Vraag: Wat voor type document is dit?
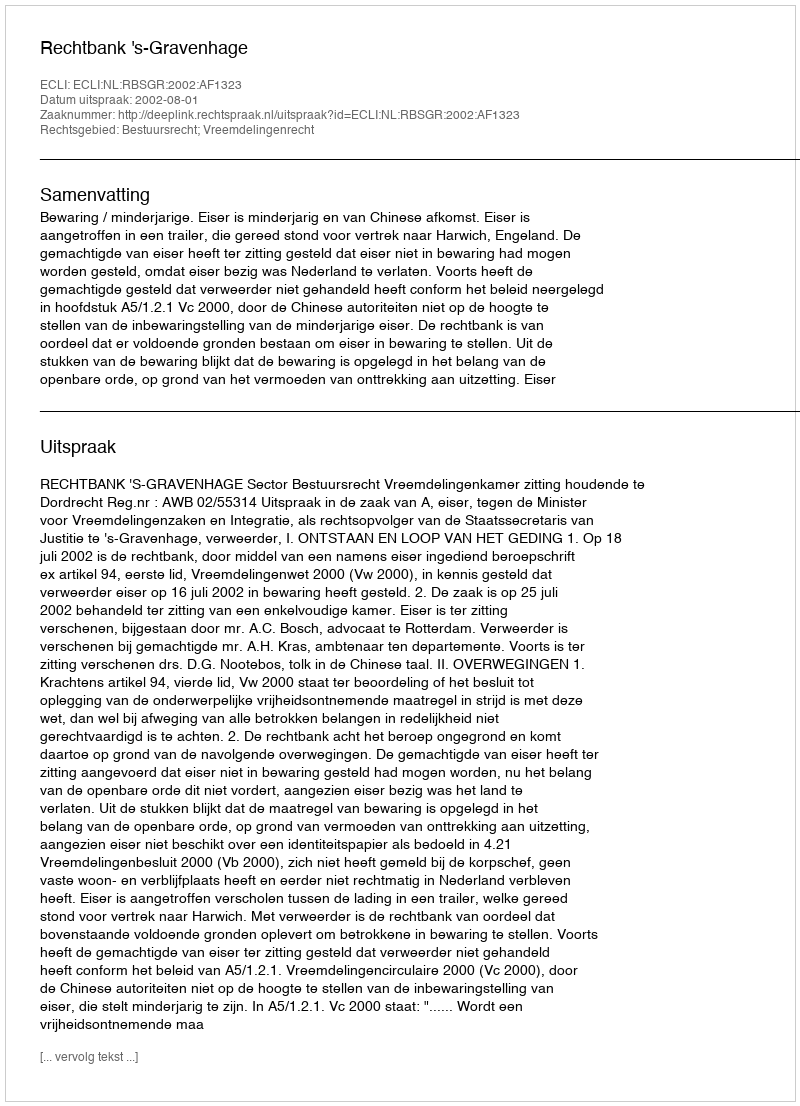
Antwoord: Uitspraak